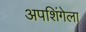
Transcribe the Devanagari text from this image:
अपशिंगेला